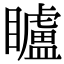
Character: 矑